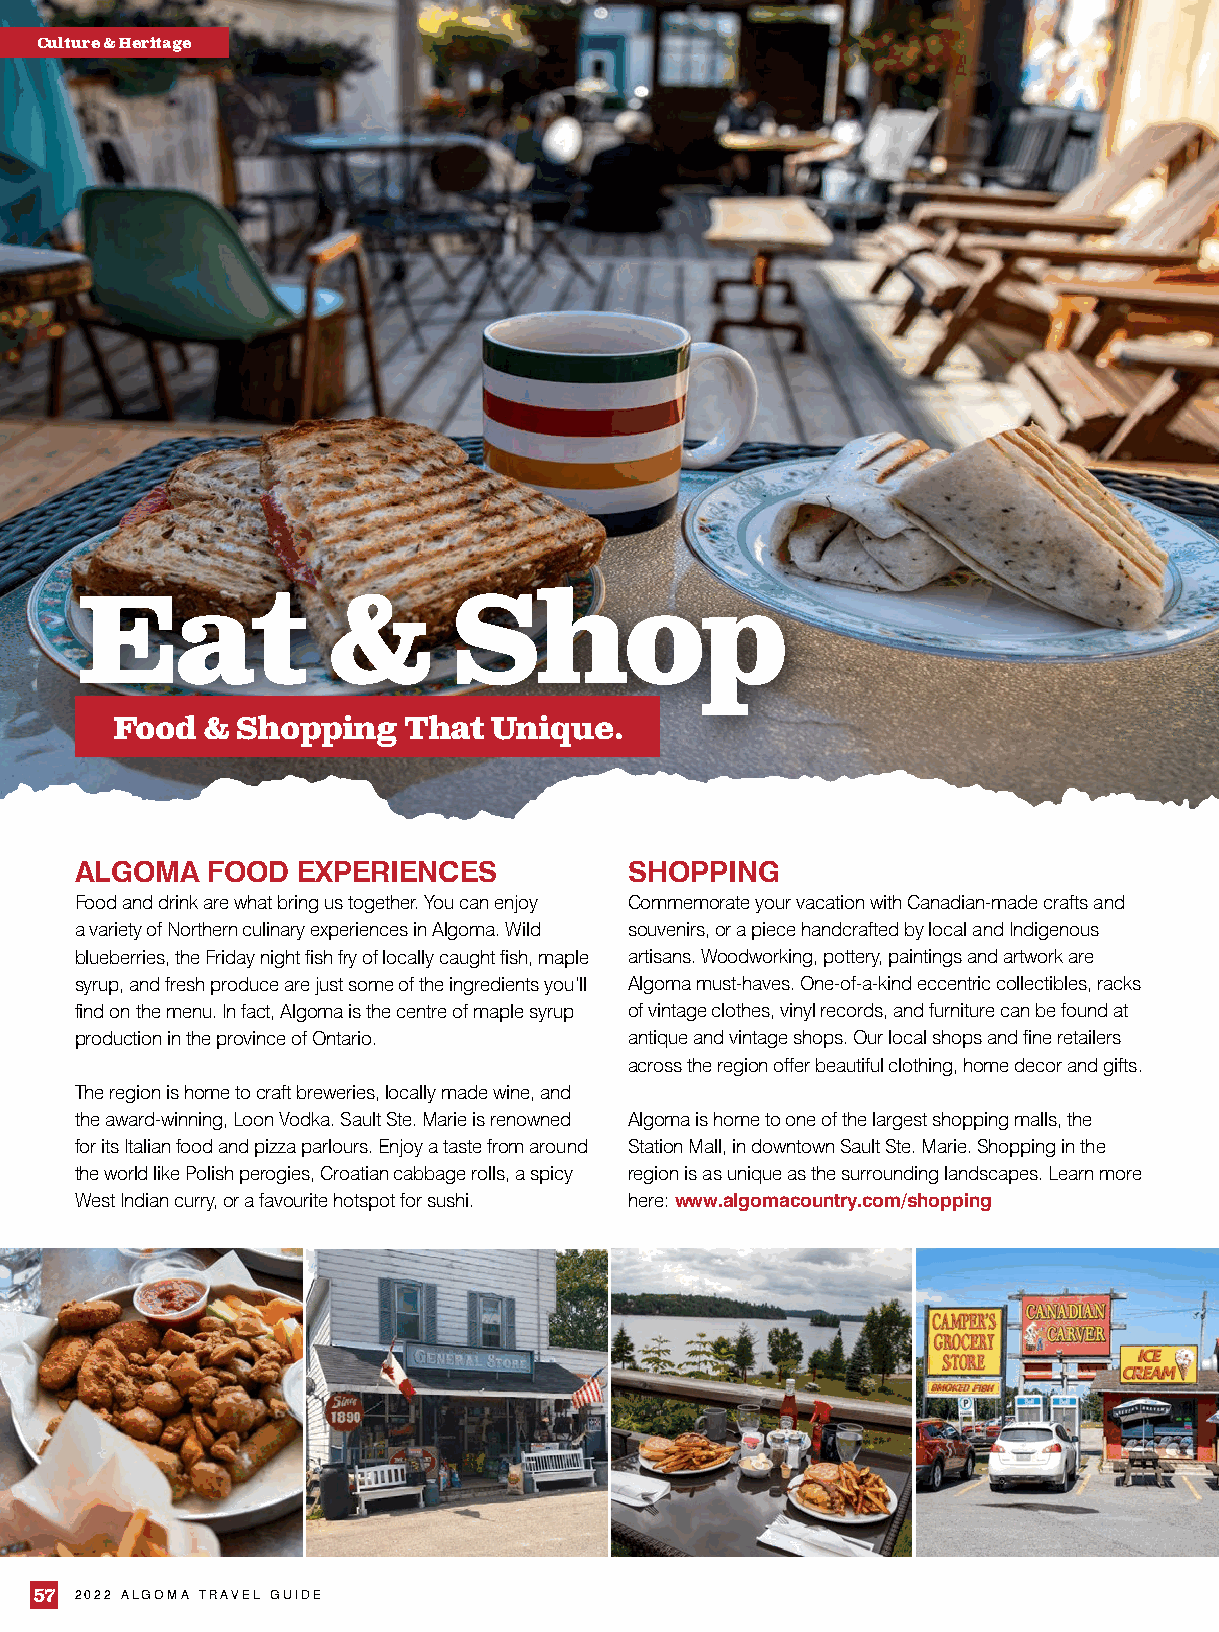
Culture & Heritage
 Eat              &       Shop
 Food  &  Shopping   That  Unique.
 ALGOMA   FOOD  EXPERIENCES           SHOPPING
 Food and drink are what bring us together. You can enjoy Commemorate your vacation with Canadian-made crafts and
 a variety of Northern culinary experiences in Algoma. Wild souvenirs, or a piece handcrafted by local and Indigenous
 blueberries, the Friday night fish fry of locally caught fish, maple artisans. Woodworking, pottery, paintings and artwork are
 syrup, and fresh produce are just some of the ingredients you’ll Algoma must-haves. One-of-a-kind eccentric collectibles, racks
 find on the menu. In fact, Algoma is the centre of maple syrup of vintage clothes, vinyl records, and furniture can be found at
 production in the province of Ontario. antique and vintage shops. Our local shops and fine retailers
 across the region offer beautiful clothing, home decor and gifts.
 The region is home to craft breweries, locally made wine, and
 the award-winning, Loon Vodka. Sault Ste. Marie is renowned Algoma is home to one of the largest shopping malls, the
 for its Italian food and pizza parlours. Enjoy a taste from around Station Mall, in downtown Sault Ste. Marie. Shopping in the
 the world like Polish perogies, Croatian cabbage rolls, a spicy region is as unique as the surrounding landscapes. Learn more
 West Indian curry, or a favourite hotspot for sushi. here: www.algomacountry.com/shopping
 57 2022 ALGOMA TRAVEL GUIDE